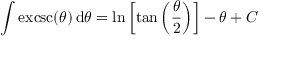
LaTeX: \int \operatorname { e x c s c } ( \theta ) \, \mathrm { d } \theta = \ln \left[ \tan \left( { \frac { \theta } { 2 } } \right) \right] - \theta + C